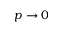
p \rightarrow 0